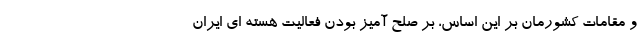
و مقامات کشورمان بر این اساس، بر صلح آمیز بودن فعالیت هسته ای ایران